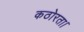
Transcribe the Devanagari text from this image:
कठोरता।